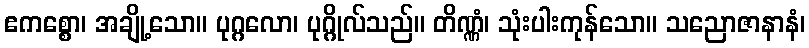
ဧကစ္စော၊ အချို့သော။ ပုဂ္ဂလော၊ ပုဂ္ဂိုလ်သည်။ တိဏ္ဏံ၊ သုံးပါးကုန်သော။ သညောဇာနာနံ၊